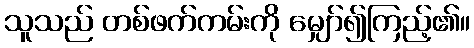
သူသည် တစ်ဖက်ကမ်းကို မျှော်၍ကြည့်၏။